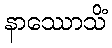
နာဿောသိံ